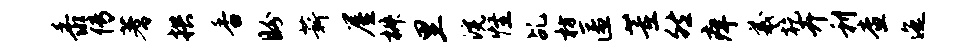
黍传蓍拱香盼薪屋椒里浣怪乩枋匿董然痒羲乾卉利查迤